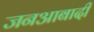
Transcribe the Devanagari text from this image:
जनआबादी